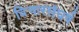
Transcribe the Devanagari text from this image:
विचारसंघर्ष